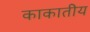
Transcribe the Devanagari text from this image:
काकातीय